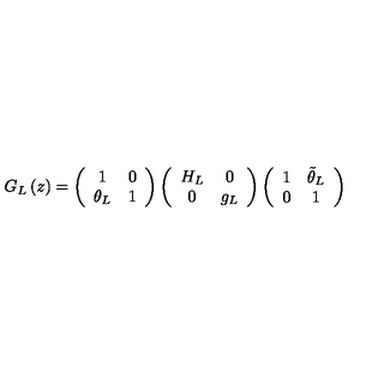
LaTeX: G _ { L } \left( z \right) = \left( \begin{array} { c c } { 1 } & { 0 } \\ { \theta _ { L } } & { 1 } \\ \end{array} \right) \left( \begin{array} { c c } { H _ { L } } & { 0 } \\ { 0 } & { g _ { L } } \\ \end{array} \right) \left( \begin{array} { c c } { 1 } & { \tilde { \theta } _ { L } } \\ { 0 } & { 1 } \\ \end{array} \right)